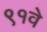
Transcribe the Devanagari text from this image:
९१वे